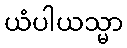
ယံပါယသ္မာ